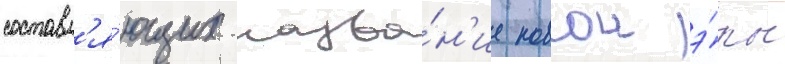
составл'я́ющих назва́н'ие новои э́ры